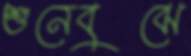
শুনেবুঝে